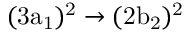
\mathrm { ( 3 a _ { 1 } ) ^ { 2 } \rightarrow ( 2 b _ { 2 } ) ^ { 2 } }